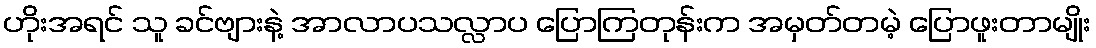
ဟိုးအရင် သူ ခင်ဗျားနဲ့ အာလာပသလ္လာပ ပြောကြတုန်းက အမှတ်တမဲ့ ပြောဖူးတာမျိုး